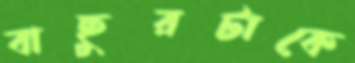
বাছুরটাকে